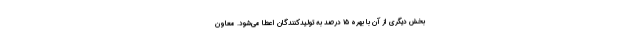
بخش دیگری از آن با بهره ۱۵ درصد به تولیدکنندگان اعطا می‌شود. معاون